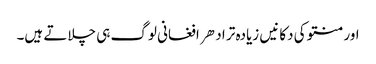
اور منتو کی دکانیں زیادہ تر ادهر افغانی لوگ ہی چلاتے ہیں۔